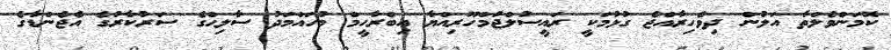
ކޮމަންވެލްތާ އަލުން ދިވެހިރާއްޖެ ގުޅުމަކީ ރައީސުލްޖުމްހޫރިއްޔާ އިބްރާހީމް މުހައްމަދު ސާލިޙްގެ ސަރުކާރުގެ އެޖެންޑާގެ